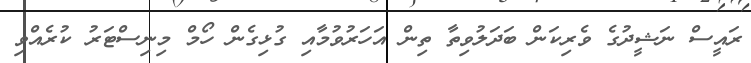
ރައީސް ނަޝީދުގެ ވެރިކަން ބަދަލުވިތާ ތިން އަހަރުވުމާއި ގުޅިގެން ހޯމް މިނިސްޓަރު ކުރެއްވި